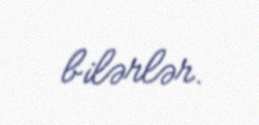
bilərlər.